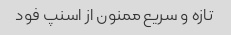
تازه و سریع ممنون از اسنپ فود